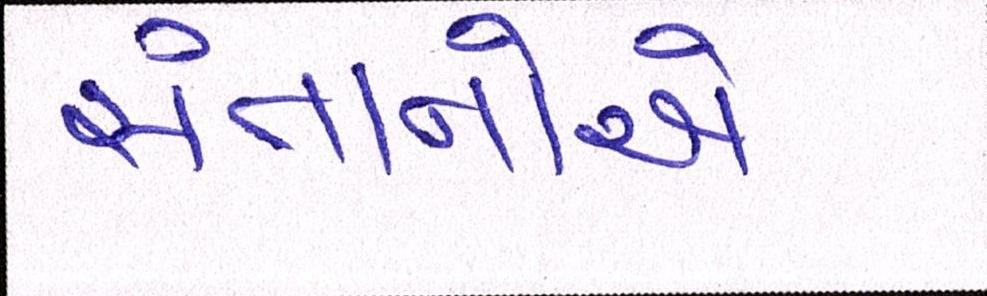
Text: સંતાનોએ